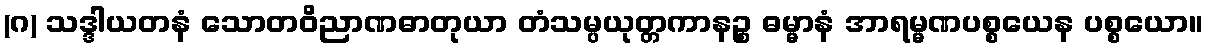
(ဂ) သဒ္ဒါယတနံ သောတဝိညာဏဓာတုယာ တံသမ္ပယုတ္တကာနဉ္စ ဓမ္မာနံ အာရမ္မဏပစ္စယေန ပစ္စယော။